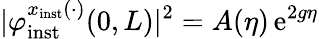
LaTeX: \vert\varphi_{\mathrm{inst}}^{x_{\mathrm{inst}}(\cdot)}(0,L)\vert^{2}=A(\eta)\, \mathrm{e}^{2g\eta}